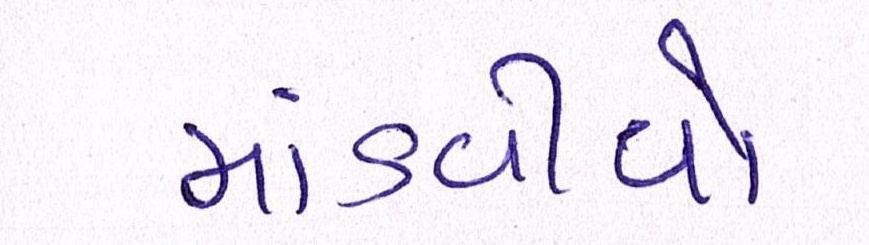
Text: માંડવીયો